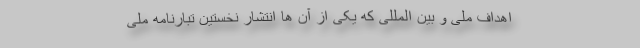
اهداف ملی و بین المللی که یکی از آن ها انتشار نخستین تبارنامه ملی